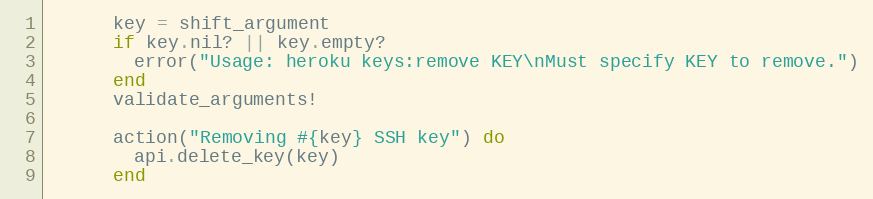
Language: Ruby
      key = shift_argument
      if key.nil? || key.empty?
        error("Usage: heroku keys:remove KEY\nMust specify KEY to remove.")
      end
      validate_arguments!

      action("Removing #{key} SSH key") do
        api.delete_key(key)
      end